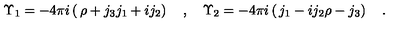
\Upsilon _ { 1 } = - 4 \pi i \left( \begin{matrix} { \rho + j _ { 3 } } \\ { j _ { 1 } + i j _ { 2 } } \\ \end{matrix} \right) \quad , \quad \Upsilon _ { 2 } = - 4 \pi i \left( \begin{matrix} { j _ { 1 } - i j _ { 2 } } \\ { \rho - j _ { 3 } } \\ \end{matrix} \right) \quad .